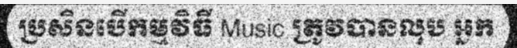
ប្រសិនបើកម្មវិធី Music ត្រូវបានលុប អ្នក